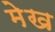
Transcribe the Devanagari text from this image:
मेख